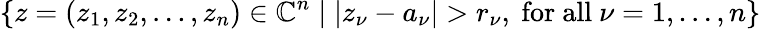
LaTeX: \{ z=(z_{1},z_{2},\dots,z_{n})\in{\mathbb{C}}^{n}\mid|z_{\nu}-a_{\nu}|>r_{\nu},{\mathrm{~for~all~}}\nu=1,\dots,n\}